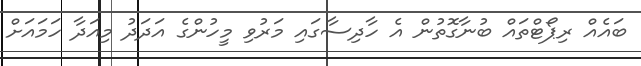
ބައެއް ރިޕޯޓްތައް ބުނާގޮތުން އެ ހާދިސާގައި މަރުވި މީހުންގެ އަދަދު މިއަދާ ހަމައަށް